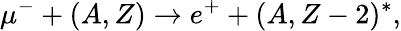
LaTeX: \mu^{-}+(A,Z)\rightarrow e^{+}+(A,Z-2)^{*},